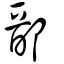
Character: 鄑